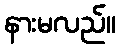
နားမလည်။